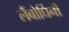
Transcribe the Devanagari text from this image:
लैंबोर्घिनी